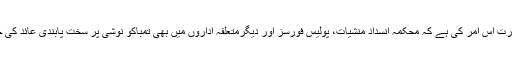
ضرورت اس امر کی ہے کہ محکمہ انسداد منشیات، پولیس فورسز اور دیگرمتعلقہ اداروں میں بھی تمباکو نوشی پر سخت پابندی عائد کی جائے۔